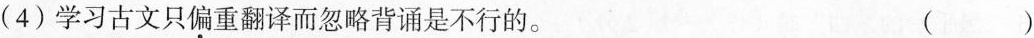
(4)学习古文只偏重翻译而忽略背诵是不行的。 ()